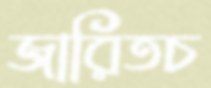
জারিতচ